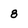
Character: 8